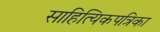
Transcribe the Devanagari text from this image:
साहित्यिकपत्रिका